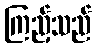
ကြည့်သည်